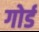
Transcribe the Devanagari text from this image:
गोर्ड